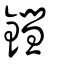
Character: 鏏